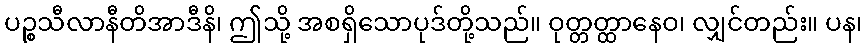
ပဉ္စသီလာနီတိအာဒီနိ၊ ဤသို့ အစရှိသောပုဒ်တို့သည်။ ဝုတ္တတ္ထာနေဝ၊ လျှင်တည်း။ ပန၊